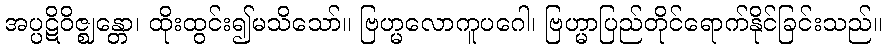
အပ္ပဋိဝိဇ္ဈန္တော၊ ထိုးထွင်း၍မသိသော်။ ဗြဟ္မလောကူပဂေါ၊ ဗြဟ္မာပြည်တိုင်ရောက်နိုင်ခြင်းသည်။